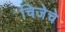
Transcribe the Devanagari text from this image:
चिजेचे